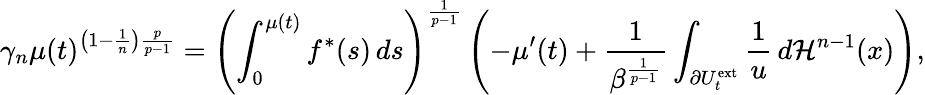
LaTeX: \gamma_{n}\mu(t)^{\left(1-\frac{1}{n}\right)\frac{p}{p-1}}=\left(\int_{0}^{\mu(t)}f^{\ast}(s)\, ds\right)^{\frac{1}{p-1}}\left(-\mu^{\prime}(t)+\frac{1}{\beta^{\frac{1}{p-1}}}\int_{\partial U_{t}^{\mathrm{ext}}}\frac{1}{u}\, d\mathcal{H}^{n-1}(x)\right),